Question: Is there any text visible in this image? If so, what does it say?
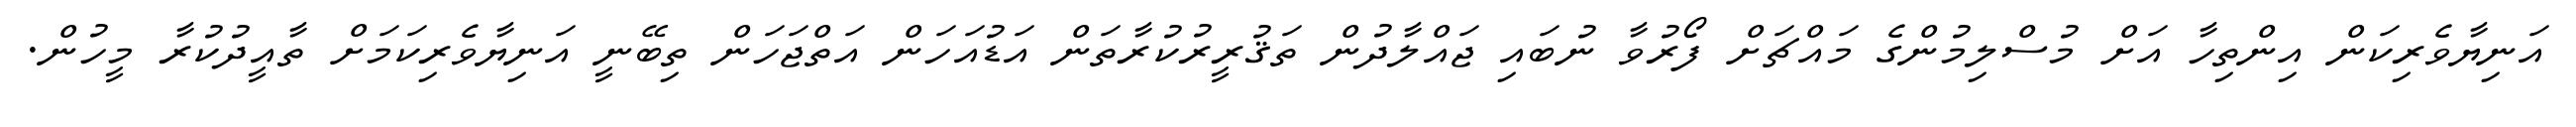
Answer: އަނިޔާވެރިކަން އިންތިހާ އަށް މުސްލިމުންގެ މައްޗަށް ފޯރުވާ ނުބައި ޖައްލާދުން ތަޤުރީރުކުރާތަން އަޑުއަހަން އަތްޖަހަން ތިބޭނީ އަނިޔާވެރިކަމަށް ތާއީދުކުރާ މީހުން.